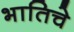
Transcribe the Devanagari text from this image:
भातिचे